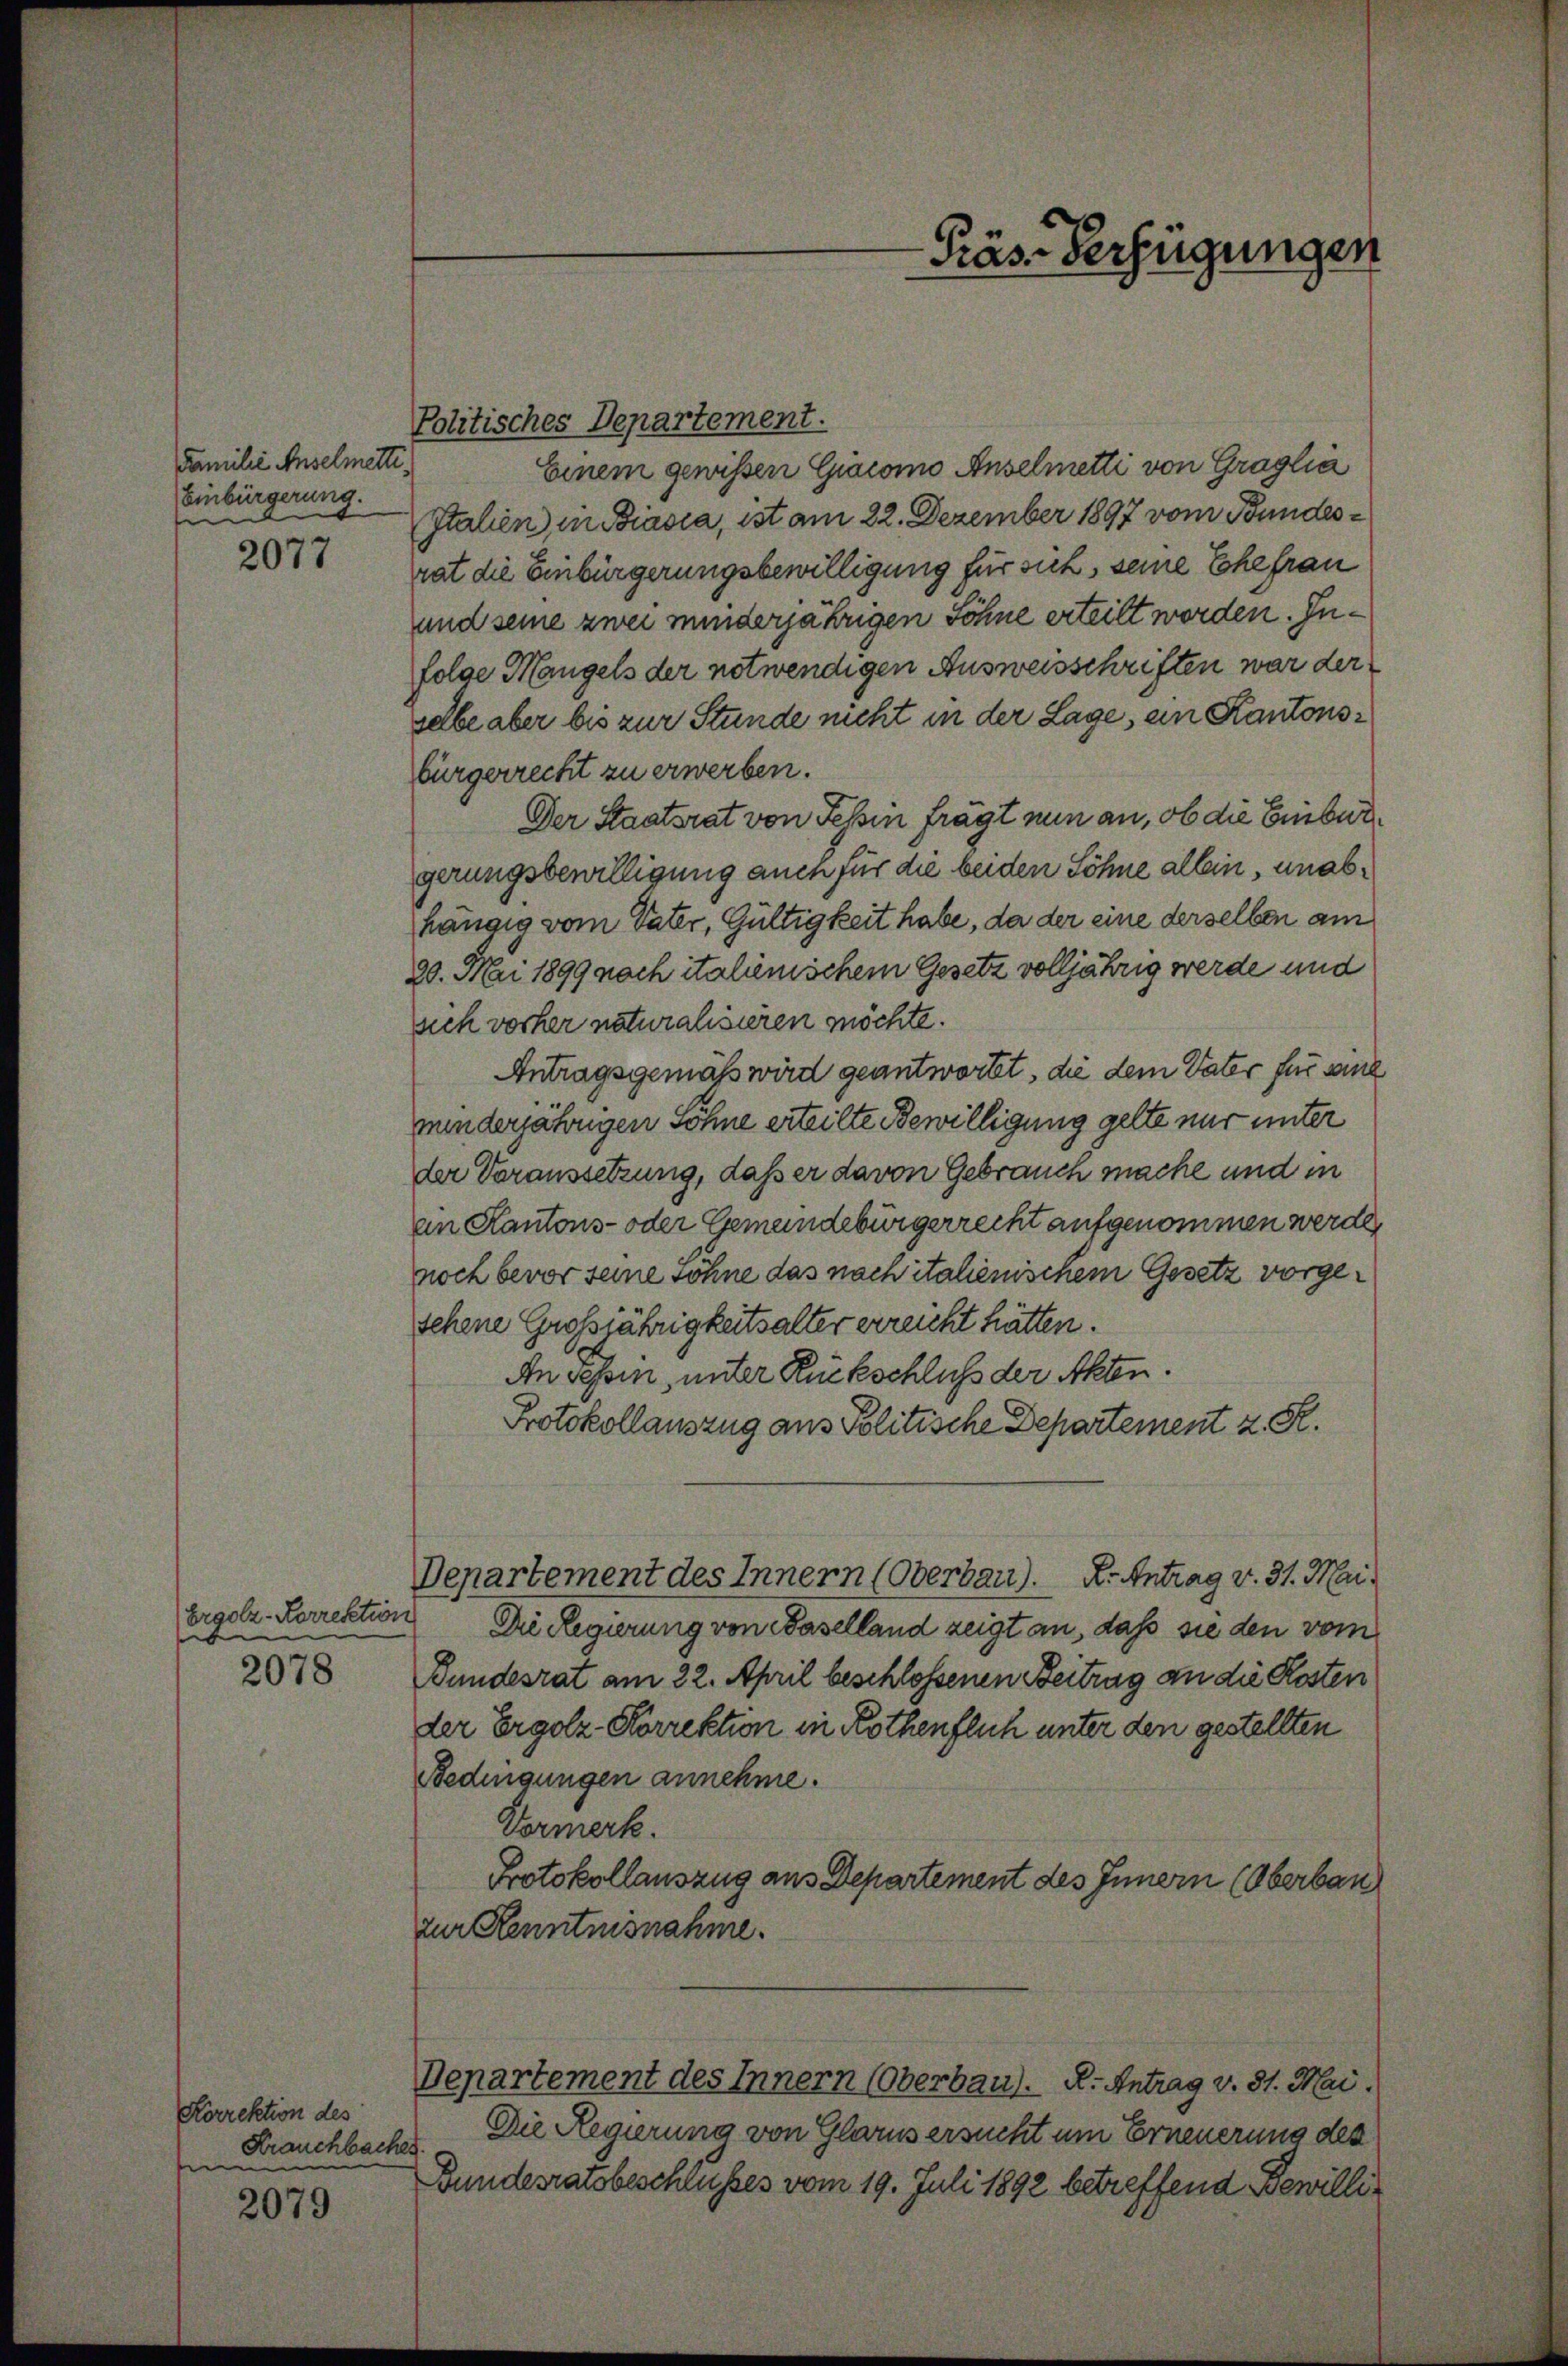
Familie Anselmetti,
Einbürgerung.
e

2077

Ergolz-Korrektion
b

2078

Korrektion des
Frauchbacher
e

2079

Politisches Departement.
Einem gewissen Giacomo Anselmetti von Graglia
Italien in Biasca, ist am 22. Dezember 1897 vom Bundesrat die Einbürgerungsbewilligung für sich, seine Ehefrau
und seine zwei minderjährigen Söhne erteilt worden. Infolge Mangels der notwendigen Ausweisschriften war der
selbe aber bis zur Stunde nicht in der Lage, ein Kantonsbürgerrecht zu erwerben.
Der Staatsrat von Fehin frägt nun an, ob die Einburgerungsbewilligung auch für die beiden Söhne allein, unabhängig vom Vater, Gültigkeit habe, da der eine derselben am
20. Mai 1899 noch italienischem Gesetz volljährig werde und
sich vorher naturalisieren möchte.
Antragsgemäß wird geantwortet, die dem Vater für seine
minderjährigen Söhne erteilte Bewilligung gelte nur unter
der Voraussetzung, daß er davon Gebrauch mache und in
an Kantons- oder Gemeindebürgerrecht aufgenommen werde,
noch bevor seine Söhne das nach italienischem Gesetz vorgesehene Grossjährigkeitsalter erreicht hätten.
An sepin, unter Rückschluß der Akten.
Protokollauszug aus Politische Departement z. R.
Departement des Innern (Oberbau). K. Antrag v. 31. Mai.
Die Regierung von Baselland zeigt an, daß sie den vom
Bundesrat am 22. April beschlossenen Beitrag an die Kosten
der Ergolz-Korrektion in Rothenflich unter den gestellten
Bedingungen annehme.
Vormerk.
Protokollauszug aus Departement des Innern (Oberbau
zur Kenntnisnahme.
Departement des Innern (Oberbau). A. Antrag v. 81. Mai.
Die Regierung von Glarus ersucht um Erneuerung des
Bundesratsbeschlusses vom 19. Juli 1892 betreffend Bewilli¬

-Präs. Verfügungen